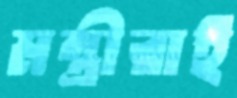
মন্ত্রীরাই